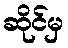
ဆိုင်မှ